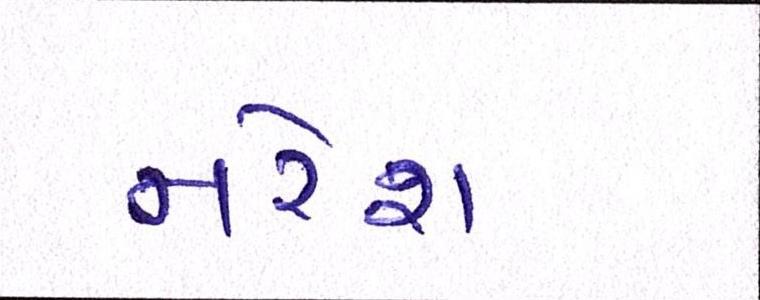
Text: નરેશ